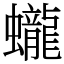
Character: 蠬